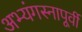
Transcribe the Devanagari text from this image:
अभ्यंगस्नापूर्वी